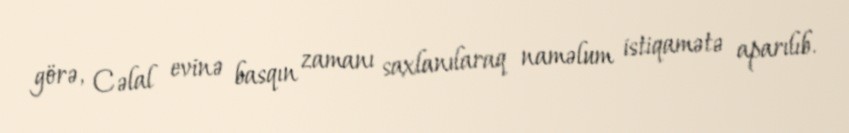
görə, Cəlal evinə basqın zamanı saxlanılaraq naməlum istiqamətə aparılıb.